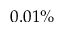
0 . 0 1 \%